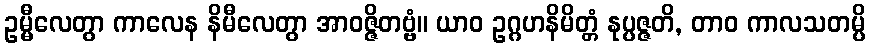
ဥမ္မီလေတွာ ကာလေန နိမီလေတွာ အာဝဇ္ဇိတဗ္ဗံ။ ယာဝ ဥဂ္ဂဟနိမိတ္တံ နုပ္ပဇ္ဇတိ, တာဝ ကာလသတမ္ပိ